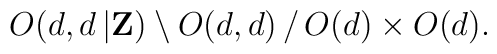
O(d,d\,|{\bf Z})     \setminus O(d,d)\, / \,O(d)\times O(d).